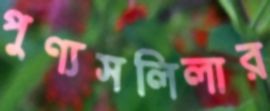
পুণ্যসলিলার